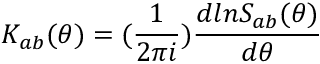
K _ { a b } ( \theta ) = ( { \frac { 1 } { 2 \pi i } } ) { \frac { d l n S _ { a b } ( \theta ) } { d \theta } }